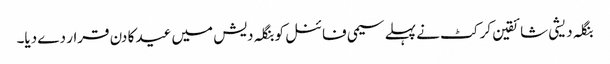
بنگلہ دیشی شائقین کرکٹ نے پہلے سیمی فائنل کو بنگلہ دیش میں عید کا دن قرار دے دیا۔